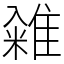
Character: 䨀